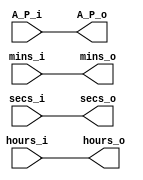
`timescale 1ns / 1ps
//////////////////////////////////////////////////////////////////////////////////
// Company: 
// Engineer: 
// 
// Design Name: 
// Module Name: set_time12
// Project Name: 
// Target Devices: 
// Tool Versions: 
// Description: 
// 
// Dependencies: 
// 
// Revision:
// Revision 0.01 - File Created
// Additional Comments:
// 
//////////////////////////////////////////////////////////////////////////////////


module set_time12(hours_i, mins_i, secs_i, A_P_i, hours_o, mins_o, secs_o, A_P_o);
    input [4:0]hours_i;
    input [5:0]mins_i;
    input [5:0]secs_i;
    input A_P_i;
    output [4:0]hours_o;
    output [5:0]mins_o;
    output [5:0]secs_o;
    output A_P_o;
    
    
    assign hours_o = hours_i;
    assign mins_o = mins_i;
    assign secs_o = secs_i;
    assign A_P_o = A_P_i;
   

endmodule